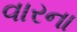
વારના